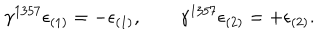
\gamma ^ { 1 3 5 7 } \epsilon _ { ( 1 ) } = - \epsilon _ { ( 1 ) } , \qquad \gamma ^ { 1 3 5 7 } \epsilon _ { ( 2 ) } = + \epsilon _ { ( 2 ) } .